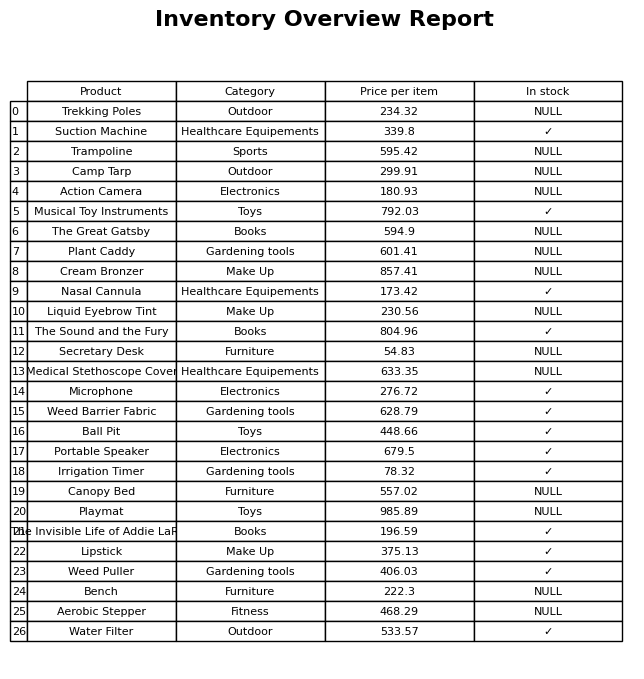
question: What is the price for Water Filter?
answer: The price of Water Filter is 533.57.